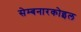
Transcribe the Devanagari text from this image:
सेम्बनारकोइल